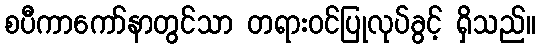
စပီကာကော်နာတွင်သာ တရားဝင်ပြုလုပ်ခွင့် ရှိသည်။